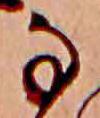
な